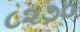
૮૨૭૦